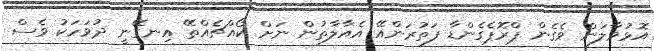
އޮޅުވާލަން ވެގެން ޕްރޮޕެގެންޑާ ފަތުރަންއޭ އެއާލާތުން ނަށް ކޯއްޗެއްތޭ އިނގޭނީ ދުވަހަކު ވެސް